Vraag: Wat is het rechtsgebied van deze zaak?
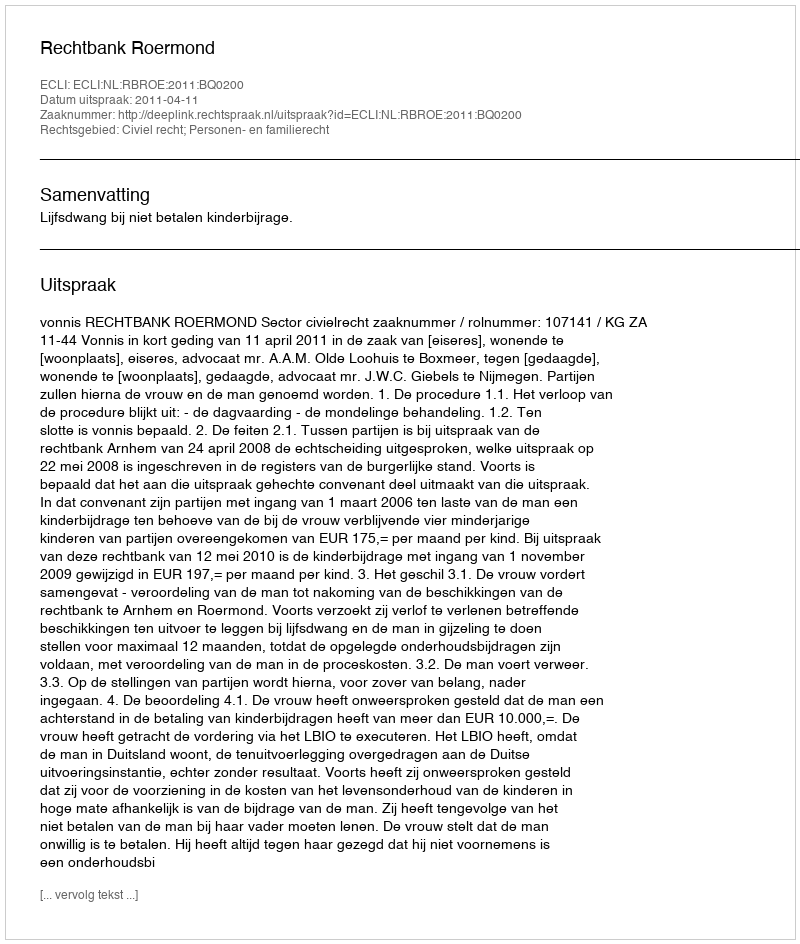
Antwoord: Civiel recht; Personen- en familierecht